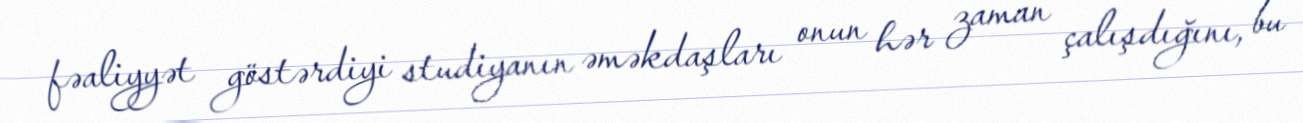
fəaliyyət göstərdiyi studiyanın əməkdaşları onun hər zaman çalışdığını, bu